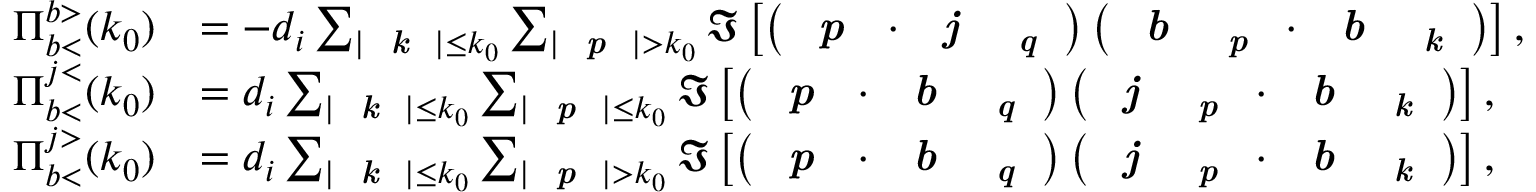
\begin{array} { r l } { \Pi _ { b < } ^ { b > } ( k _ { 0 } ) } & { = - d _ { i } \sum _ { | \textit { \textbf { k } } | \leq k _ { 0 } } \sum _ { | \textit { \textbf { p } } | > k _ { 0 } } \Im \left[ \left( \textit { \textbf { p } } \cdot \textit { \textbf { j } } _ { \textit { \textbf { q } } } \right) \left( \textit { \textbf { b } } _ { \textit { \textbf { p } } } \cdot \textit { \textbf { b } } _ { \textit { \textbf { k } } } \right) \right] , } \\ { \Pi _ { b < } ^ { j < } ( k _ { 0 } ) } & { = d _ { i } \sum _ { | \textit { \textbf { k } } | \leq k _ { 0 } } \sum _ { | \textit { \textbf { p } } | \leq k _ { 0 } } \Im \left[ \left( \textit { \textbf { p } } \cdot \textit { \textbf { b } } _ { \textit { \textbf { q } } } \right) \left( \textit { \textbf { j } } _ { \textit { \textbf { p } } } \cdot \textit { \textbf { b } } _ { \textit { \textbf { k } } } \right) \right] , } \\ { \Pi _ { b < } ^ { j > } ( k _ { 0 } ) } & { = d _ { i } \sum _ { | \textit { \textbf { k } } | \leq k _ { 0 } } \sum _ { | \textit { \textbf { p } } | > k _ { 0 } } \Im \left[ \left( \textit { \textbf { p } } \cdot \textit { \textbf { b } } _ { \textit { \textbf { q } } } \right) \left( \textit { \textbf { j } } _ { \textit { \textbf { p } } } \cdot \textit { \textbf { b } } _ { \textit { \textbf { k } } } \right) \right] , } \end{array}